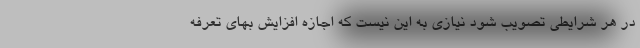
در هر شرایطی تصویب شود نیازی به این نیست که اجازه افزایش بهای تعرفه